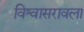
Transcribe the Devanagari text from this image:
विश्वासरावला